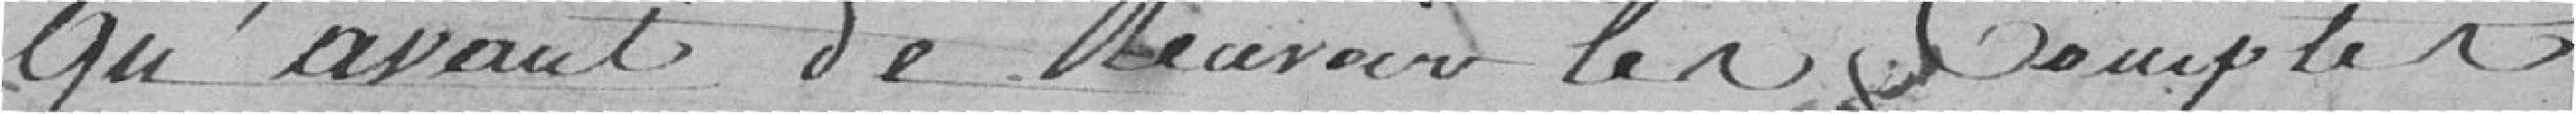
qu'avant de recevoir les comptes